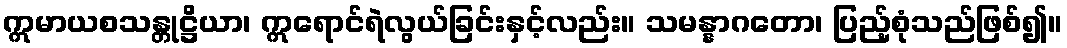
ဣမာယစသန္တုဋ္ဌိယာ၊ ဣရောင်ရဲလွယ်ခြင်းနှင့်လည်း။ သမန္နာဂတော၊ ပြည့်စုံသည်ဖြစ်၍။